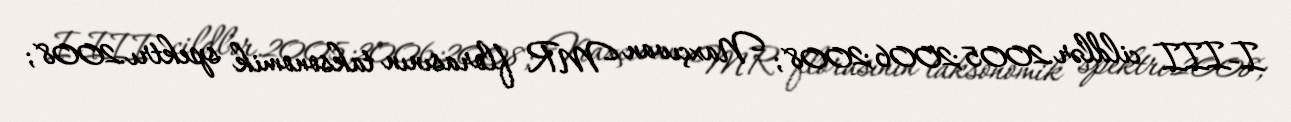
I-III cildlər.2005;2006;2008; Naxçıvan MR florasının taksonomik spektrı.2008;